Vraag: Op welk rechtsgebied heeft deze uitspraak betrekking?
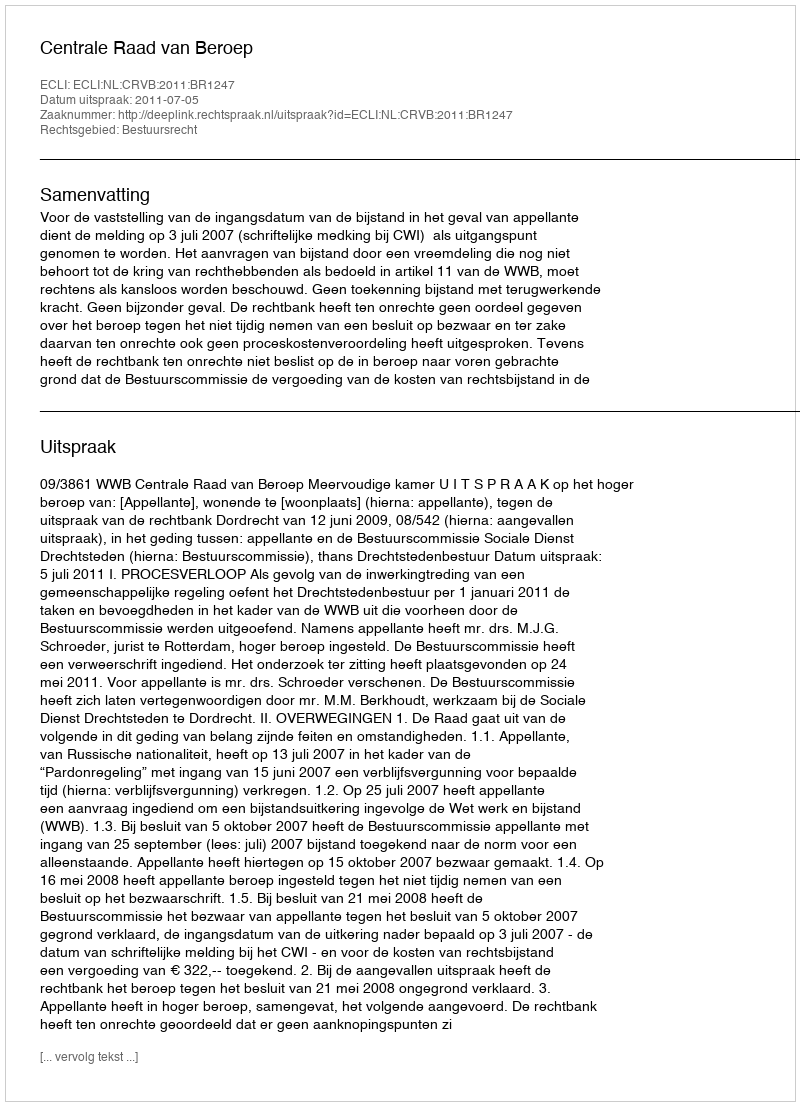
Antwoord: Bestuursrecht